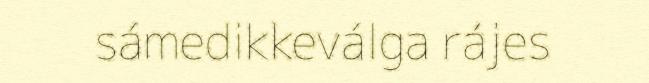
sámedikkeválga rájes